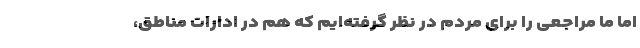
اما ما مراجعی را برای مردم در نظر گرفته‌ایم که هم در ادارات مناطق،